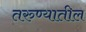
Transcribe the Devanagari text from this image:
तरुण्यातील